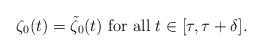
LaTeX: \begin{align*}\zeta_0(t) = {\tilde{\zeta}}_0(t) \mbox{ for all } t \in [\tau,\tau+\delta].\end{align*}